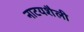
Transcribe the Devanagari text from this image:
नाटयशैली